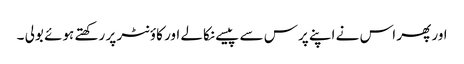
اور پھر اس نے اپنے پرس سے پیسے نکالے اور کاؤنٹر پر رکھتے ہوئے بولی ۔